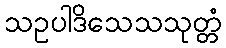
သဥပါဒိသေသသုတ္တံ